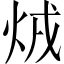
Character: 𤇳